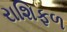
રાશિફળ